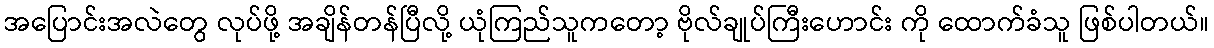
အပြောင်းအလဲတွေ လုပ်ဖို့ အချိန်တန်ပြီလို့ ယုံကြည်သူကတော့ ဗိုလ်ချုပ်ကြီးဟောင်း ကို ထောက်ခံသူ ဖြစ်ပါတယ်။